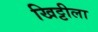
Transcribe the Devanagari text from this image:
खिट्टीला